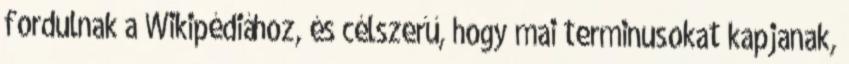
fordulnak a Wikipédiához, és célszerű, hogy mai terminusokat kapjanak,